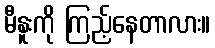
မီနူးကို ကြည့်နေတာလား။